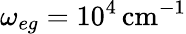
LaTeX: \omega_{eg}=10^{4}\, \mathrm{cm^{-1}}